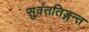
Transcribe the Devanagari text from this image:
सुवंततिङ्गन्त